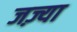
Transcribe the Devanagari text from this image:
जज़्या